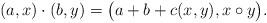
LaTeX: \begin{align*} (a,x)\cdot(b,y) = \big(a+b+c(x,y), x\circ y\big). \end{align*}